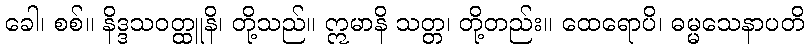
ခေါ၊ စစ်။ နိဒ္ဒသဝတ္ထူနိ၊ တို့သည်။ ဣမာနိ သတ္တ၊ တို့တည်း။ ထေရောပိ၊ ဓမ္မသေနာပတိ